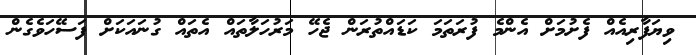
ވިޔަފާރިއެއް ފެށުމަށް އެންމެ ފުރަތަމަ ކަޑައްތުރަން ޖެހޭ މަރުހަލާތައް އެތައް ގުނައަކަށް ފަސޭހަވެގެން